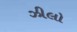
ઝીલો